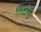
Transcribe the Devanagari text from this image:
मैकलैनन